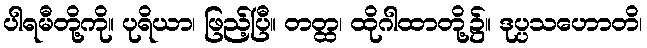
ပါရမီတို့ကို။ ပုရိယာ၊ ဖြည့်ပြီ။ တတ္ထ၊ ထိုဂါထာတို့၌။ ဒုပ္ပသဟောတိ၊